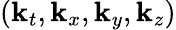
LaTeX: (\mathbf{k}_{t},\mathbf{k}_{x},\mathbf{k}_{y},\mathbf{k}_{z})